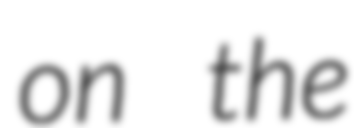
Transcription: on the